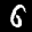
Label: 6